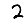
Digit: 2